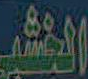
الخشب